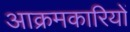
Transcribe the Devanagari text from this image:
आक्रमकारियों